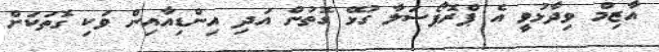
އާޒިމް ވިދާޅުވީ އެ ޕްރޮޕޯސަލާ ގުޅޭ ގޮތުން އަދި އިންޑިއާއިން ވަކި ގޮތަކަށް